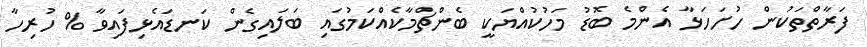
ފަރާތްތަކުން ހުށަހަޅާ އެންމެ ބޮޑު މަހުކުއްޔަކީ ބެންޗްމާކެއްކަމުގައި ބަލައިގެން ކަނޑައެޅިފައިވާ % ހުރިހާ